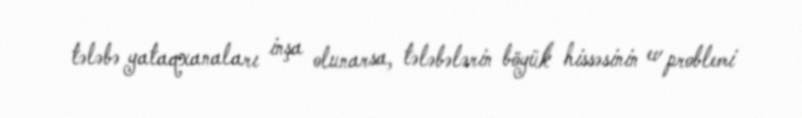
tələbə yataqxanaları inşa olunarsa, tələbələrin böyük hissəsinin ev problemi